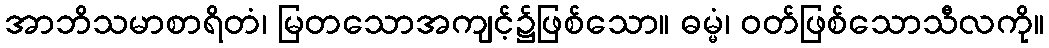
အာဘိသမာစာရိတံ၊ မြတသောအကျင့်၌ဖြစ်သော။ ဓမ္မံ၊ ဝတ်ဖြစ်သောသီလကို။